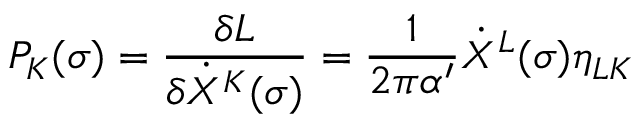
P _ { K } ( \sigma ) = \frac { \delta L } { \delta \dot { X } ^ { K } ( \sigma ) } = \frac { 1 } { 2 \pi \alpha ^ { \prime } } \dot { X } ^ { L } ( \sigma ) \eta _ { L K }